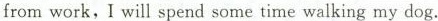
from work,I will spend some time walking my dog.